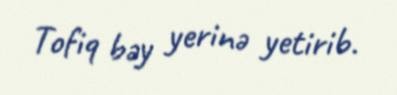
Tofiq bəy yerinə yetirib.